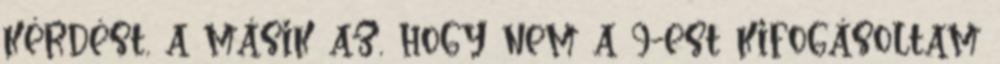
kérdést, a másik az, hogy nem a 9-est kifogásoltam